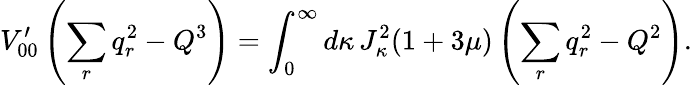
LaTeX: V_{00}^{\prime}\left(\sum_{r}q_{r}^{2}-Q^{3}\right)=\int_{0}^{\infty}d\kappa\, J_{\kappa}^{2}(1+3\mu)\left(\sum_{r}q_{r}^{2}-Q^{2}\right).